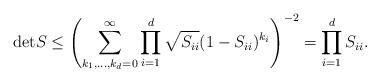
LaTeX: \begin{align*}{\rm det} S \leq \left(\sum_{k_1,\ldots,k_d=0}^\infty \prod_{i=1}^d \sqrt{S_{ii}}(1-S_{ii})^{k_i}\right)^{-2}=\prod_{i=1}^d S_{ii}.\end{align*}